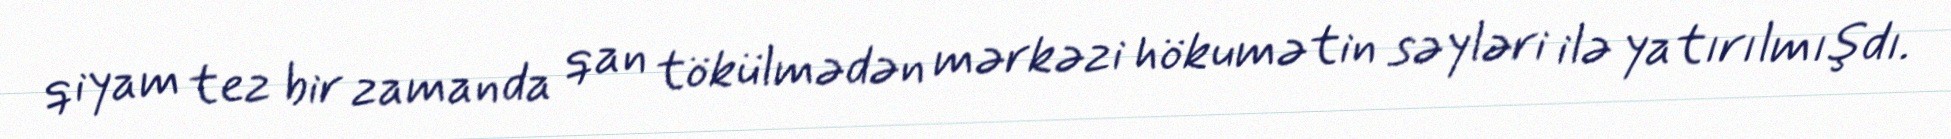
qiyam tez bir zamanda qan tökülmədən mərkəzi hökumətin səyləri ilə yatırılmışdı.